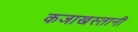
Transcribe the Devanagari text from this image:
कजाखस्तानी